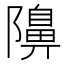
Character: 𮥭